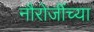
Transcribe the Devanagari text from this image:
नौरोजींच्या